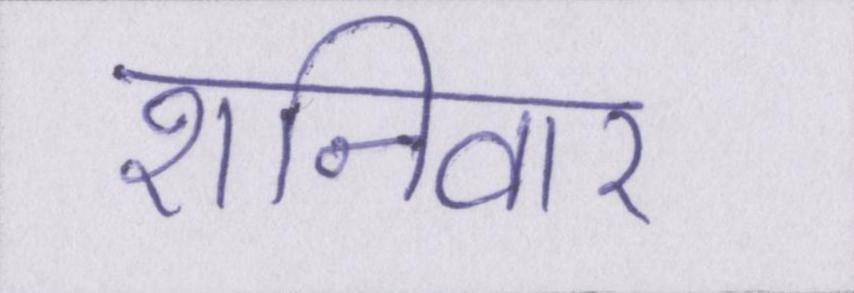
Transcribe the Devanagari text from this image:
शनिवार